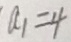
a _ { 1 } = 4